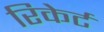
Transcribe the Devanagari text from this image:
रिकेर्ट